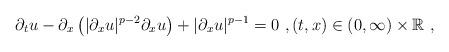
LaTeX: \begin{align*}\partial_t u - \partial_x \left( |\partial_x u|^{p-2} \partial_x u \right) + |\partial_x u|^{p-1} = 0 \ , (t,x)\in (0,\infty)\times \mathbb{R}\ , \end{align*}